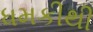
ધમકીથી